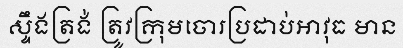
ស្ទឹងត្រង់ ត្រូវក្រុមចោរប្រដាប់អាវុធ មាន